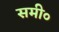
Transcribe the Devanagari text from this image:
समी०